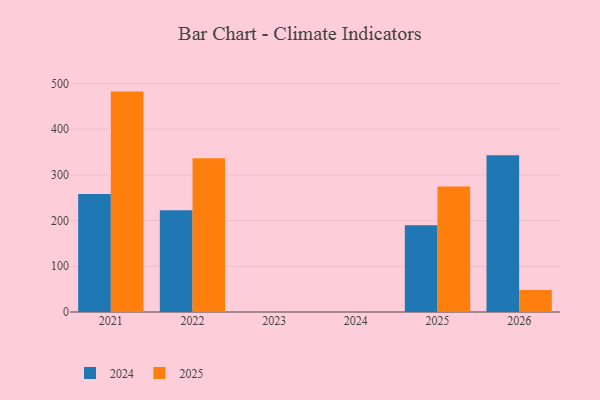
{"axis": {"x": "Year", "y": "Bounce Rate (%)"}, "legend": ["2024", "2025"], "data": [{"x": "2025", "y": 274.5, "type": "2025"}, {"x": "2025", "y": 189.9, "type": "2024"}, {"x": "2026", "y": 48.4, "type": "2025"}, {"x": "2026", "y": 342.7, "type": "2024"}, {"x": "2022", "y": 336.4, "type": "2025"}, {"x": "2022", "y": 222.5, "type": "2024"}, {"x": "2021", "y": 482.2, "type": "2025"}, {"x": "2021", "y": 258.4, "type": "2024"}]}